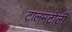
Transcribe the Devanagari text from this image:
टालमटोली